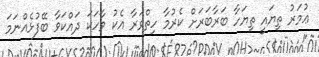
ޢުމަރު ތިޔައީ ތިޔަހާ ބަރާބަރަށް ކެރުމާ ހިތްވަރާ އެކު ވާހަކަ ދައްކަވާ ބޭފުޅެއްނަމަ